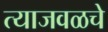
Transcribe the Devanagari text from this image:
त्याजवळचे